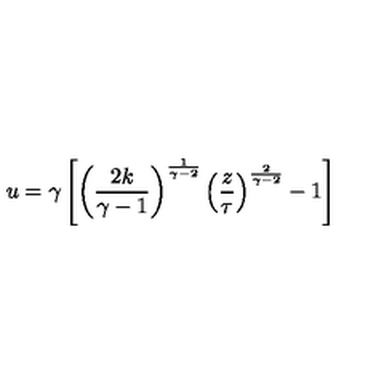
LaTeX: u = \gamma \left[ \left( { \frac { 2 k } { \gamma - 1 } } \right) ^ { \frac { 1 } { \gamma - 2 } } \left( { \frac { z } { \tau } } \right) ^ { \frac { 2 } { \gamma - 2 } } - 1 \right]